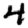
Digit: 4